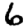
Digit: 6